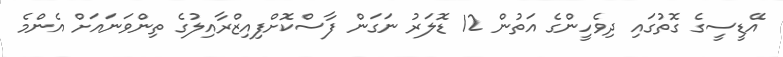
އޭޑީސީގެ ގޮތުގައި ދިވެހީންގެ އަތުން 12 ޑޮލަރު ނަގަން ފާސްކޮށްފިއިޒްރާއިލުގެ ތިންވަނައަށް އެންމެ